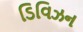
ડિવિઝન